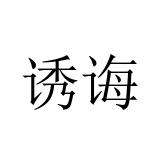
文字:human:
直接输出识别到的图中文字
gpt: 诱诲